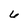
Character: 6